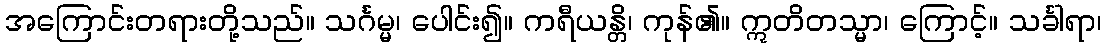
အကြောင်းတရားတို့သည်။ သင်္ဂမ္မ၊ ပေါင်း၍။ ကရီယန္တိ၊ ကုန်၏။ ဣတိတသ္မာ၊ ကြောင့်။ သင်္ခါရာ၊